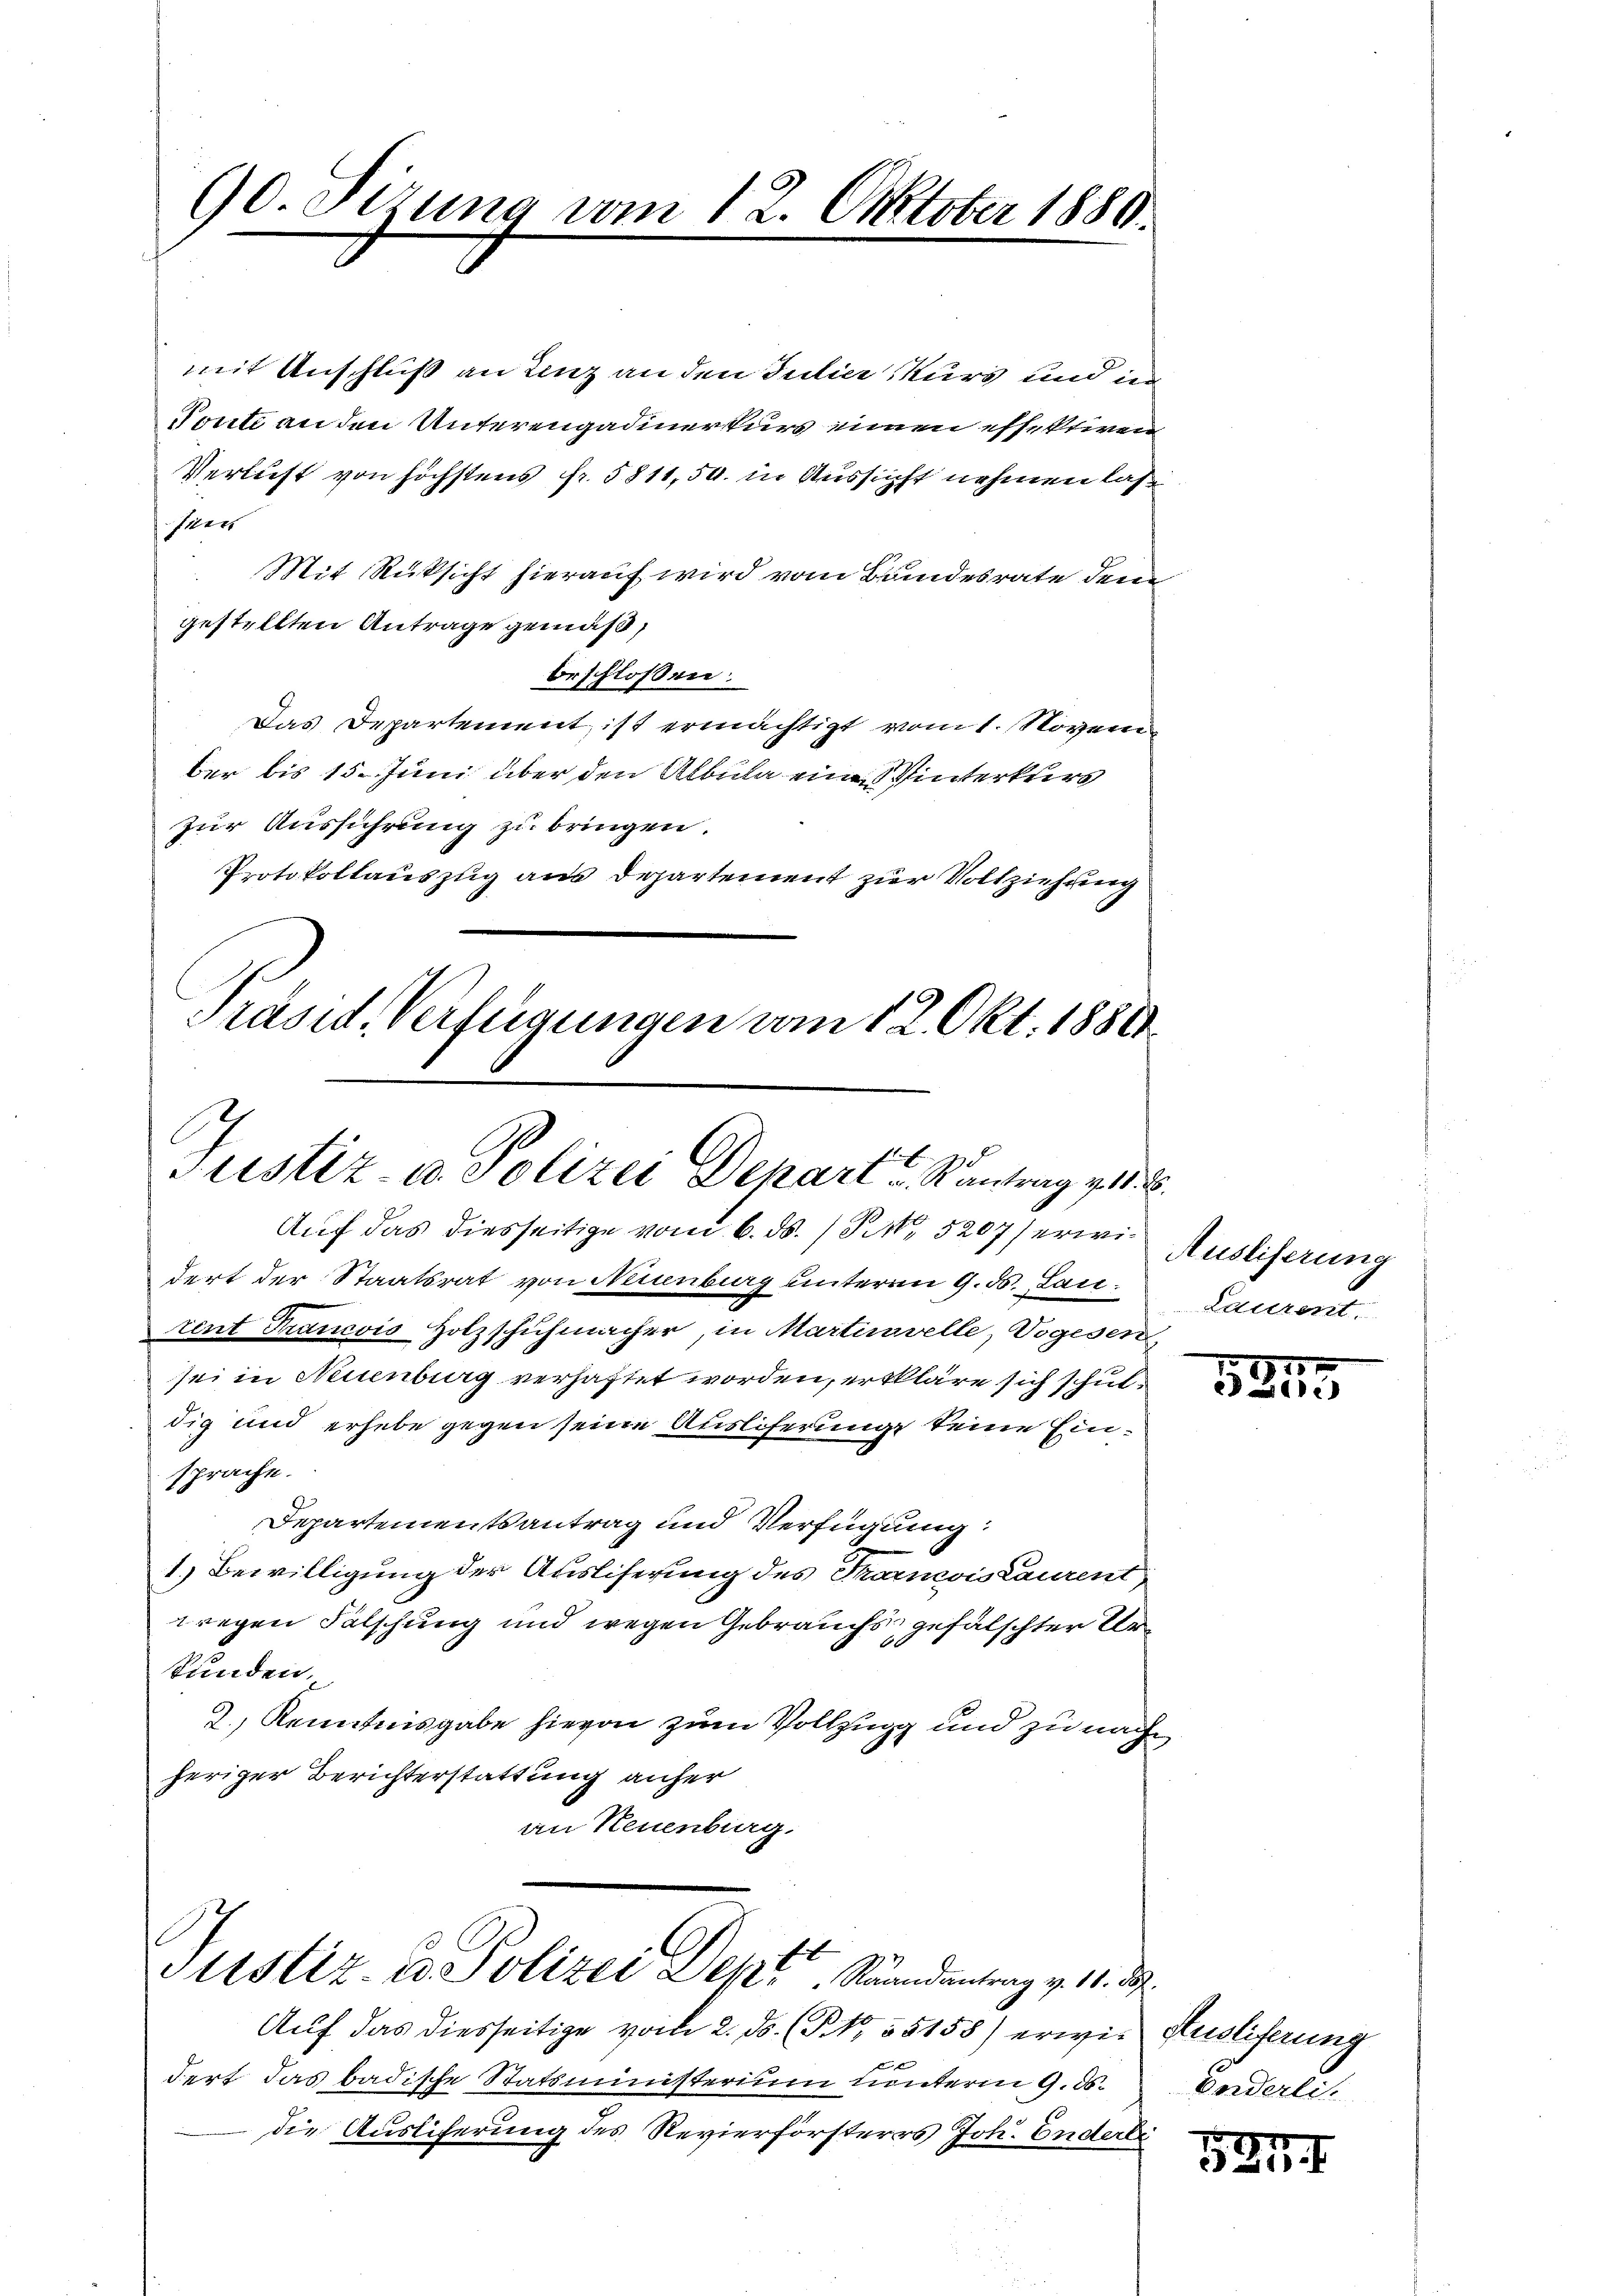
90. Sitzung vom 12. Oktober 1880.

mit Anschluß an Linz an den Julier Kurs und in
Tonti an den Unterengadinerkurs einen effektiven
Verlust von höchstens fr. 5811,50. in Aussicht nehmen las
Pren
Mit Rüksicht hierauf wird vom Bundesrate dem
gestellten Antrage gemäß,
beschlossen:
Das Departement ist ermächtigt vom 1. November bis 15. Juni über den Albula eine Winterkurs
zur Ausführung zu bringen.
Protokollauszug aus Departement zur Vollziehung

Präsid. Verfügungen vom 12. Okt. 1880
Justiz- u. Polizei Depart? Kantrag v. 18.

Auf das diesseitige vom 6. ds. / P. Nr. 5207 erwidert der Staatsrat von Neuenburg unterm 9. d. Lau
rent Francois Holzschuhmacher, in Martinvelle, Vogesen,
sei in Neuenburg verhaftet worden, erkläre sich schuldig und erhebe gegen seine Ausliferung keine Einsprache.
Departementsantrag und Verfügung:
1.) Bewilligung der Ausliserung des Tarnoislaurent
wegen Fälschung und wegen Gebrauchs gefälschter Urkunden.
2.) Kenntnisgabe hievon zum Vollzugg und zu nache
heriger Berichterstattung anher
an Neuenburg,

Justiz- & Polizei Dept. Strandantrag v. 1.

Auf das diesseitige vom 2. ds. (NNo. 35158) erwie Auslieferung
dert das badische Statsministerium Lunterm 9. ds.
die Ausliferung des Revierförsteres Joh. Endert

Ausliferung
Laurent.

75
520

Forderli

1521 f.